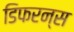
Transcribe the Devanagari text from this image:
डिफरन्स